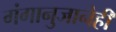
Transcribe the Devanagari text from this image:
गंगानुजानेही